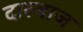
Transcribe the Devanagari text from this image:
दारुबाज